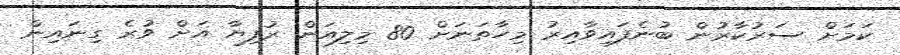
ކަމަށް ސަރުކާރުން ބުނެފައިވާއިރު މިހާތަނަށް 80 މިލިއަން ރުފިޔާ އަށް ވުރެ ގިނައިން